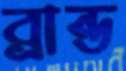
ব্রান্ড